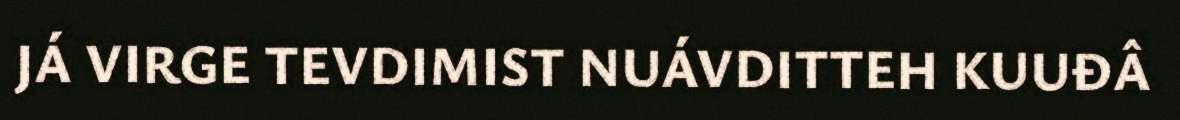
JÁ VIRGE TEVDIMIST NUÁVDITTEH KUUĐÂ